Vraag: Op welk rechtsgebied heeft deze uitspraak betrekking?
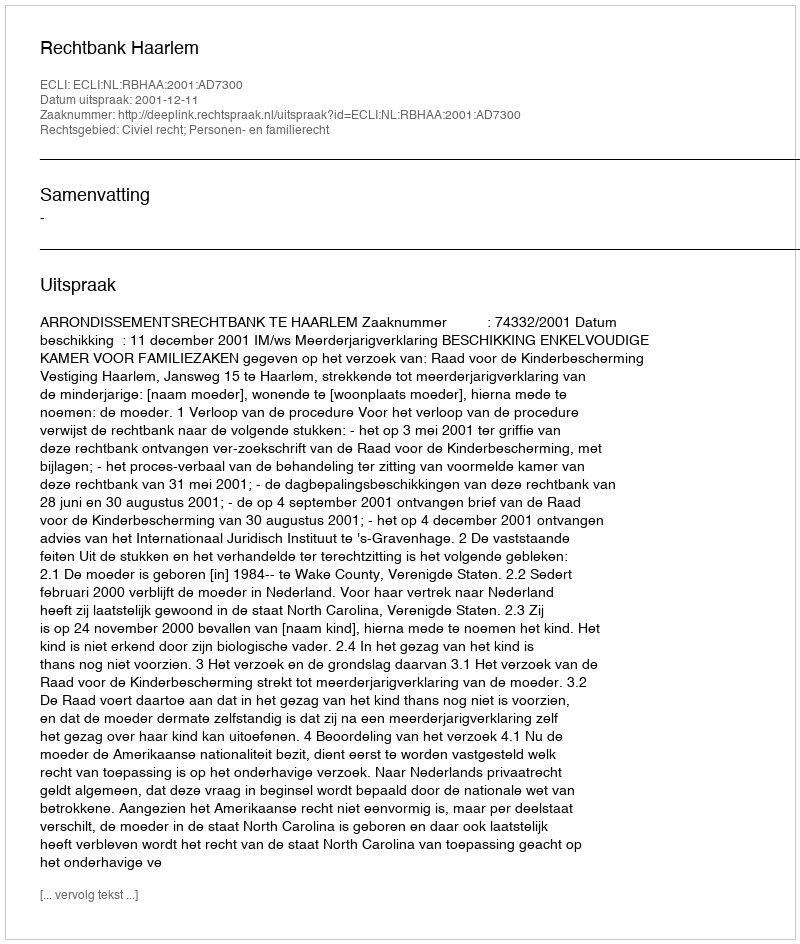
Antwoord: Civiel recht; Personen- en familierecht